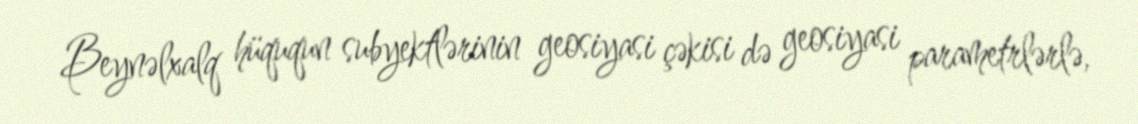
Beynəlxalq hüququn subyektlərinin geosiyasi çəkisi də geosiyasi parametrlərlə,